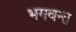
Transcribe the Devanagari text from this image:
भगवन्‍त